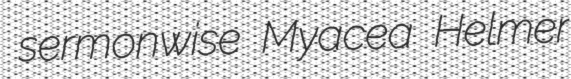
sermonwise Myacea Helmer